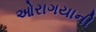
ઓરાગયાની